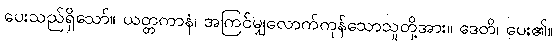
ပေးသည်ရှိသော်။ ယတ္တကာနံ၊ အကြင်မျှလောက်ကုန်သောသူတို့အား။ ဒေတိ၊ ပေး၏။